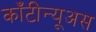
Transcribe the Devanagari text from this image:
काँटीन्यूअस